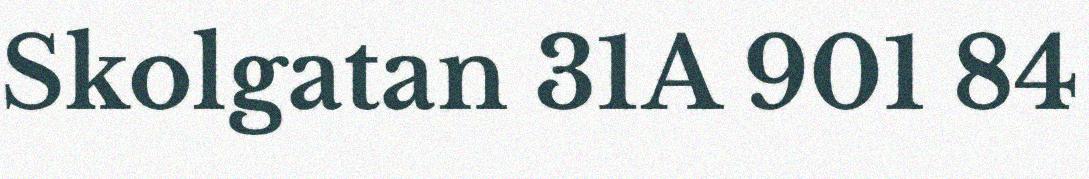
Skolgatan 31A 901 84